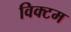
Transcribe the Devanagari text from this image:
विक्टम